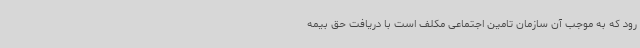
رود که به موجب آن سازمان تامین اجتماعی مکلف است با دریافت حق بیمه